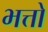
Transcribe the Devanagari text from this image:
भत्तो